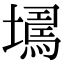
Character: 𡑹